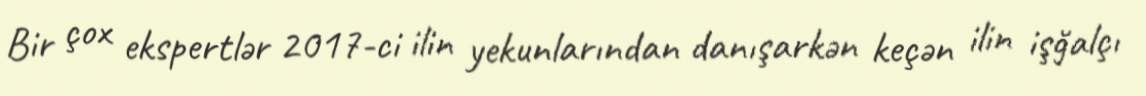
Bir çox ekspertlər 2017-ci ilin yekunlarından danışarkən keçən ilin işğalçı